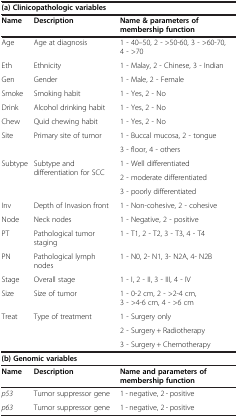
<table><thead><tr><td colspan="3"><b>(a) Clinicopathologic variables</b></td></tr><tr><td><b>Name</b></td><td><b>Description</b></td><td><b>Name &amp; parameters of membership function</b></td></tr></thead><tbody><tr><td>Age</td><td>Age at diagnosis</td><td>1 - 40–50, 2 - &gt;50-60, 3 - &gt;60-70, 4 - &gt;70</td></tr><tr><td>Eth</td><td>Ethnicity</td><td>1 - Malay, 2 - Chinese, 3 - Indian</td></tr><tr><td>Gen</td><td>Gender</td><td>1 - Male, 2 - Female</td></tr><tr><td>Smoke</td><td>Smoking habit</td><td>1 - Yes, 2 - No</td></tr><tr><td>Drink</td><td>Alcohol drinking habit</td><td>1 - Yes, 2 - No</td></tr><tr><td>Chew</td><td>Quid chewing habit</td><td>1 - Yes, 2 - No</td></tr><tr><td rowspan="2">Site</td><td rowspan="2">Primary site of tumor</td><td>1 - Buccal mucosa, 2 - tongue</td></tr><tr><td>3 - floor, 4 - others</td></tr><tr><td rowspan="3">Subtype</td><td rowspan="3">Subtype and differentiation for SCC</td><td>1 - Well differentiated</td></tr><tr><td>2 - moderate differentiated</td></tr><tr><td>3 - poorly differentiated</td></tr><tr><td>Inv</td><td>Depth of Invasion front</td><td>1 - Non-cohesive, 2 - cohesive</td></tr><tr><td>Node</td><td>Neck nodes</td><td>1 - Negative, 2 - positive</td></tr><tr><td>PT</td><td>Pathological tumor staging</td><td>1 - T1, 2 - T2, 3 - T3, 4 - T4</td></tr><tr><td>PN</td><td>Pathological lymph nodes</td><td>1 - N0, 2- N1, 3- N2A, 4- N2B</td></tr><tr><td>Stage</td><td>Overall stage</td><td>1 - I, 2 - II, 3 - III, 4 - IV</td></tr><tr><td>Size</td><td>Size of tumor</td><td>1 - 0-2 cm, 2 - &gt;2-4 cm, 3 - &gt;4-6 cm, 4 - &gt;6 cm</td></tr><tr><td rowspan="3">Treat</td><td rowspan="3">Type of treatment</td><td>1 - Surgery only</td></tr><tr><td>2 - Surgery + Radiotherapy</td></tr><tr><td>3 - Surgery + Chemotherapy</td></tr><tr><td colspan="3"><b>(b) Genomic variables</b></td></tr><tr><td><b>Name</b></td><td><b>Description</b></td><td><b>Name and parameters of membership function</b></td></tr><tr><td><i>p53</i></td><td>Tumor suppressor gene</td><td>1 - negative, 2 - positive</td></tr><tr><td><i>p63</i></td><td>Tumor suppressor gene</td><td>1 - negative, 2 - positive</td></tr></tbody></table>